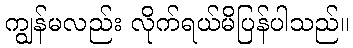
ကျွန်မလည်း လိုက်ရယ်မိပြန်ပါသည်။